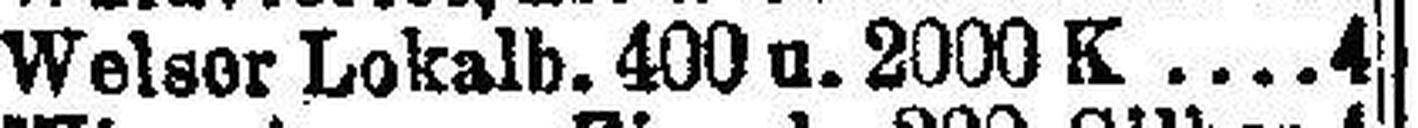
Welser Lokalb. 400 u. 2000 K 4